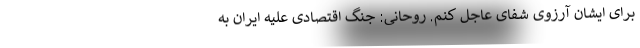
برای ایشان آرزوی شفای عاجل کنم. روحانی: جنگ اقتصادی علیه ایران به